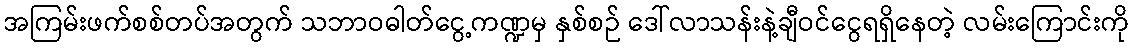
အကြမ်းဖက်စစ်တပ်အတွက် သဘာဝဓါတ်ငွေ့ကဏ္ဍမှ နှစ်စဉ် ဒေါ်လာသန်းနဲ့ချီဝင်ငွေရရှိနေတဲ့ လမ်းကြောင်းကို